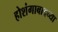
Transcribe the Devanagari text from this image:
होशंगाबादच्या